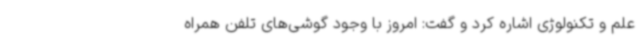
علم و تکنولوژی اشاره کرد و گفت: امروز با وجود گوشی‌های تلفن همراه